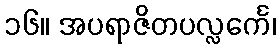
၁၆။ အပရာဇိတပလ္လင်္ကေ၊